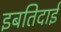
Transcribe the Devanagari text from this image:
इबतिदाई